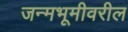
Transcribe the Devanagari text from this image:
जन्मभूमीवरील